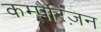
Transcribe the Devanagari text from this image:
कम्पैरिज़न